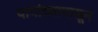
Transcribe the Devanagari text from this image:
पापांच्यापासून